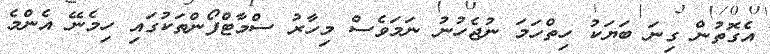
އެގޮތުން ގިނަ ބަޔަކު ހިތްހަމަ ނުޖެހުނު ނަމަވެސް މިހާރު ސްމާޓްފޯންތަކުގައި ހިމެނޭ އެންމެ